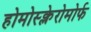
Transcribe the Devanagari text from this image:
होमोस्क्लेरोमोर्फ